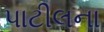
પાટીલના